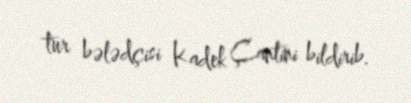
tur bələdçisi Kadek Çantini bildirib.